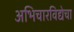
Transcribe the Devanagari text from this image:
अभिचारविद्येचा